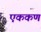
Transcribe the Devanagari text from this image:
एककण